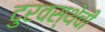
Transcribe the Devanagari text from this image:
दुरवस्थेची